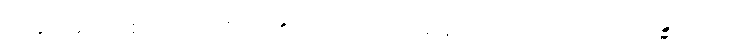
ယခုပြမည်ဖြစ်သော ပုဂ္ဂိုလ်၏။) ယဒါ, သောမနဿ သဟဂတပဋိသန္ဓိကဿ၊